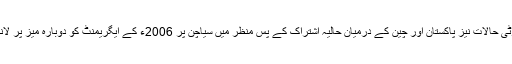
کمیٹی نے اپنی سفارش میں بتایا ہے، کہ کشمیر میں سکیورٹی حالات نیز پاکستان اور چین کے درمیان حالیہ اشتراک کے پس منظر میں سیاچن پر 2006ء کے ایگریمنٹ کو دوبارہ میز پر لانے کے بجائے اسکو دیگر امور کے ساتھ مربوط کیا جائے۔